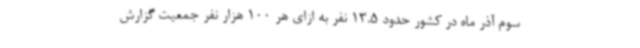
سوم آذر ماه در کشور حدود 13.5 نفر به ازای هر 100 هزار نفر جمعیت گزارش